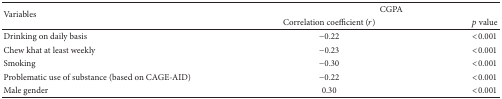
<table><thead><tr><td rowspan="2"><b>Variables </b></td><td colspan="2"><b>CGPA</b></td></tr><tr><td><b>Correlation coefficient (<i>r</i>)</b></td><td><b><i>p</i> value</b></td></tr></thead><tbody><tr><td>Drinking on daily basis</td><td>−0.22</td><td>&lt;0.001</td></tr><tr><td>Chew khat at least weekly</td><td>−0.23</td><td>&lt;0.001</td></tr><tr><td>Smoking</td><td>−0.30</td><td>&lt;0.001</td></tr><tr><td>Problematic use of substance (based on CAGE-AID)</td><td>−0.22</td><td>&lt;0.001</td></tr><tr><td>Male gender</td><td>0.30</td><td>&lt;0.001</td></tr></tbody></table>